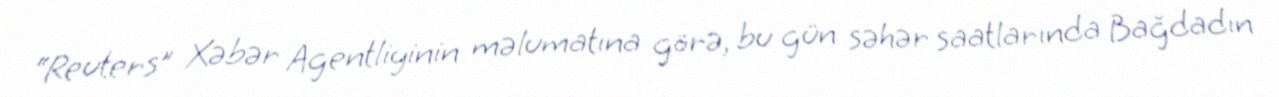
“Reuters” Xəbər Agentliyinin məlumatına görə, bu gün səhər saatlarında Bağdadın